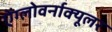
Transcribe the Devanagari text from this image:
ऐंग्लोवर्नाक्यूलर